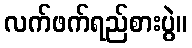
လက်ဖက်ရည်စားပွဲ။